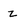
Character: z